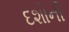
દશોની